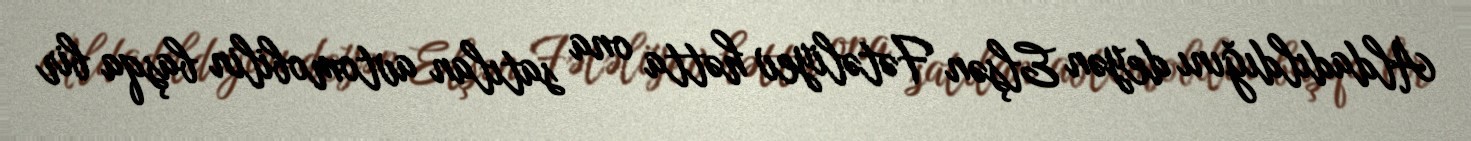
Aldadıldığını deyən Elşən Fətəliyev hətta ona satılan avtomobilin başqa bir